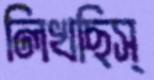
লিখছিস্